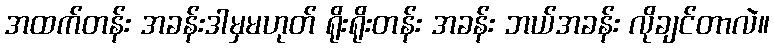
အထက်တန်း အခန်းဒါမှမဟုတ် ရိုးရိုးတန်း အခန်း ဘယ်အခန်း လိုချင်တာလဲ။